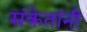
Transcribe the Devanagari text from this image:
संकेतांनी